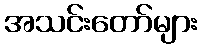
အသင်းတော်များ